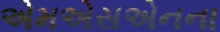
એમએસએનના